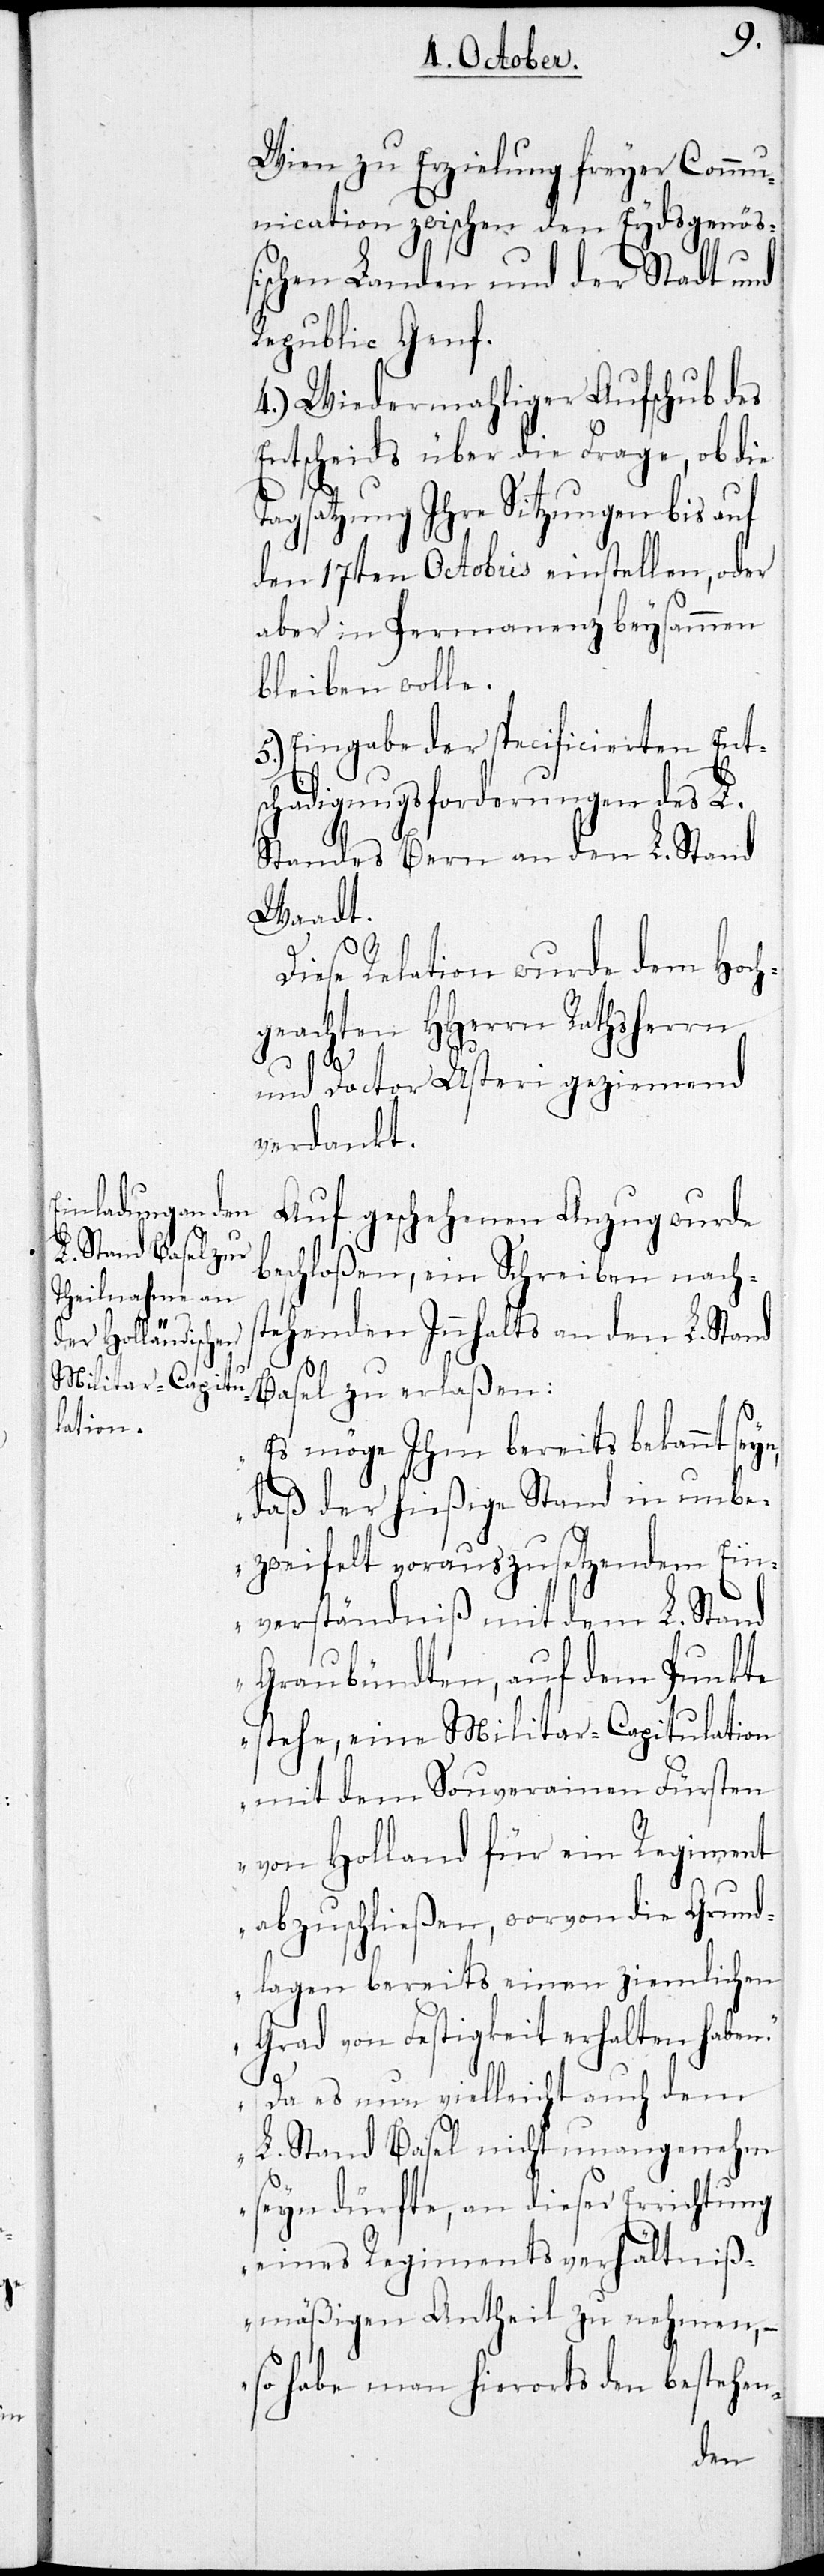
Wien zu Erzielung freyer Commu¬
nication zwischen den Eydsgenöß¬
ischen Landen und der Stadt und
Republic Genf.
4.) Wiedermahliger Aufschub des
Entscheids über die Frage, ob die
Tagsatzung Ihre Sitzungen bis auf
den 17ten Octobris einstellen, oder
aber in Permanenz beysammen
bleiben wolle.
5.) Eingabe der specificierten Ents¬
chädigungsforderungen des L.
Standes Bern an den L. Stand
Waadt.
Diese Relation wurde dem Hoch¬
geachten HHerrn Rathsherr
und Doctor Usteri geziemend
verdankt.
Auf geschehenen Anzug wurde
beschloßen, ein Schreiben nachs¬
tehenden Innhalts an den L. Stand
Basel zu erlaßen:
„Es möge Ihm bereits bekannt sey¬
daß der hießige Stand in unbe¬
zweifelt vorauszusetzendem Ein¬
verständniß mit dem L. Stand
Graubündten, auf dem Punkte
stehe, eine Militar-Capitulation
mit dem Souverainen Fürsten
von Holland für ein Regiment
abzuschließen, worvon die Grund¬
lagen bereits einen ziemlichen
Grad von Festigkeit erhalten haben.
n,
Da es nun vielleicht auch dem
L. Stand Basel nicht unangenehm
seyn dürfte, an dieser Errichtung
eines Regiments verhältnis¬
mäßigen Antheil zu nehmen, –
so habe man hierorts den bestehen-